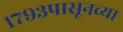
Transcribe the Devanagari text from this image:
१७९३पासूनच्या